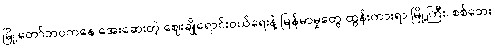
မြို့တော်ဘဝကနေ အေးဆေးတဲ့ ဈေးချိုရောင်းဝယ်ရေးနဲ့ မြန်မာမှုတွေ ထွန်းကားရာ မြို့ကြီး၊ စစ်ဘေး